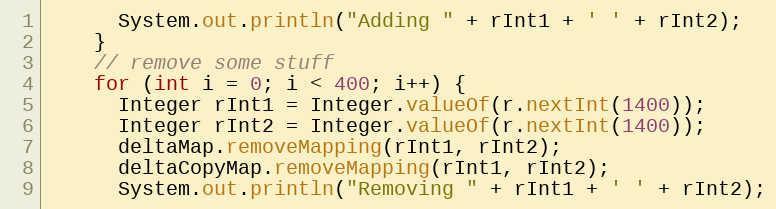
Language: Java
      System.out.println("Adding " + rInt1 + ' ' + rInt2);
    }
    // remove some stuff
    for (int i = 0; i < 400; i++) {
      Integer rInt1 = Integer.valueOf(r.nextInt(1400));
      Integer rInt2 = Integer.valueOf(r.nextInt(1400));
      deltaMap.removeMapping(rInt1, rInt2);
      deltaCopyMap.removeMapping(rInt1, rInt2);
      System.out.println("Removing " + rInt1 + ' ' + rInt2);